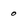
Character: o